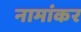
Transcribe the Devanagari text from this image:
नामांकर